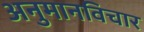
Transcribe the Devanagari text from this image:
अनुमानविचार